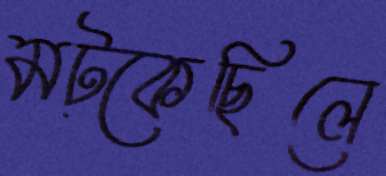
মট্‌কেছিলে